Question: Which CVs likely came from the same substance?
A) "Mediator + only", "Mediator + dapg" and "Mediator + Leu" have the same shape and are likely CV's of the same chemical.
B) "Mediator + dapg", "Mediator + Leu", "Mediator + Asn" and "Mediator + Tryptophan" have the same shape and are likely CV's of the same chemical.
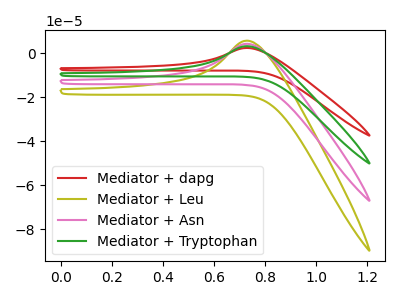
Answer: <think>The red curve "Mediator + dapg" has an anodic peak at: (0.75V, 2.35uA). The olive curve "Mediator + Leu" has an anodic peak at: (0.75V, 9.50uA). The pink curve "Mediator + Asn" has an anodic peak at: (0.75V, 6.35uA). The green curve "Mediator + Tryptophan" has an anodic peak at: (0.75V, 3.15uA).
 All the peaks in "Mediator + dapg" have a peak in "Mediator + Leu" at the same potential. Every peak in "Mediator + dapg" is lower than every peak in "Mediator + Leu". All the peaks in "Mediator + dapg" have a peak in "Mediator + Asn" at the same potential. Every peak in "Mediator + dapg" is lower than every peak in "Mediator + Asn". All the peaks in "Mediator + dapg" have a peak in "Mediator + Tryptophan" at the same potential. Every peak in "Mediator + dapg" is lower than every peak in "Mediator + Tryptophan". All the peaks in "Mediator + Leu" have a peak in "Mediator + Asn" at the same potential. Every peak in "Mediator + Leu" is higher than every peak in "Mediator + Asn". All the peaks in "Mediator + Leu" have a peak in "Mediator + Tryptophan" at the same potential. Every peak in "Mediator + Leu" is higher than every peak in "Mediator + Tryptophan". All the peaks in "Mediator + Asn" have a peak in "Mediator + Tryptophan" at the same potential. Every peak in "Mediator + Asn" is higher than every peak in "Mediator + Tryptophan".</think>
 <answer>B) "Mediator + dapg", "Mediator + Leu", "Mediator + Asn" and "Mediator + Tryptophan" have the same shape and are likely CV's of the same chemical.</answer>
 <eval>B</eval>